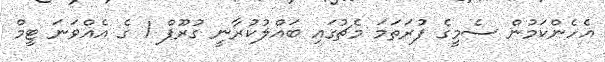
އެހެންކަމުން ސެމީގެ ފުރަތަމަ މެޗުގައި ބައްލުކުރާނީ ގުރޫޕް 1 ގެ އެއްވަނަ ޓީމް